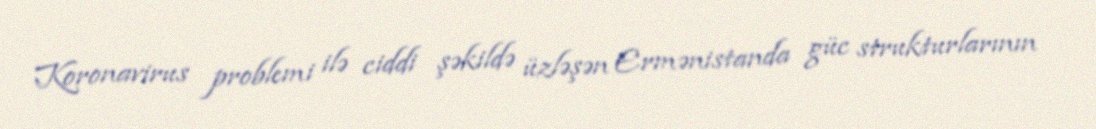
Koronavirus problemi ilə ciddi şəkildə üzləşən Ermənistanda güc strukturlarının